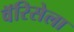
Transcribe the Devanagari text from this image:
वॅरिसेला